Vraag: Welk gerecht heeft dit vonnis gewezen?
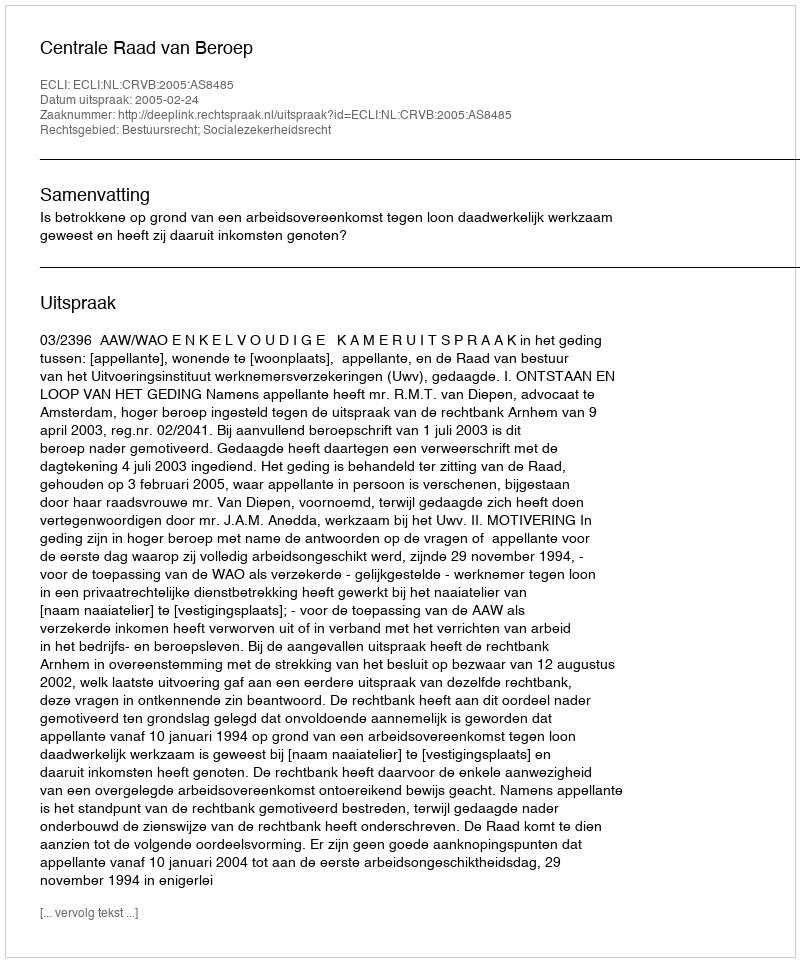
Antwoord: Centrale Raad van Beroep